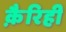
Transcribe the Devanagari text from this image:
क़ैरिही